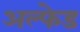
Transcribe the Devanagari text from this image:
अल्फेड